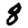
Digit: 8